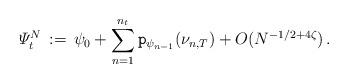
LaTeX: \begin{align*} \varPsi^N_t\, :=\, \psi_0 + \sum_{n=1}^{n_t} \mathtt{p}_{\psi_{n-1}}(\nu_{n,T}) + O(N^{-1/2+4\zeta})\, .\end{align*}